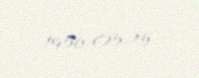
1956-05-15